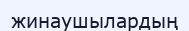
жинаушылардың